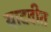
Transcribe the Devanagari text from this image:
यादवीत